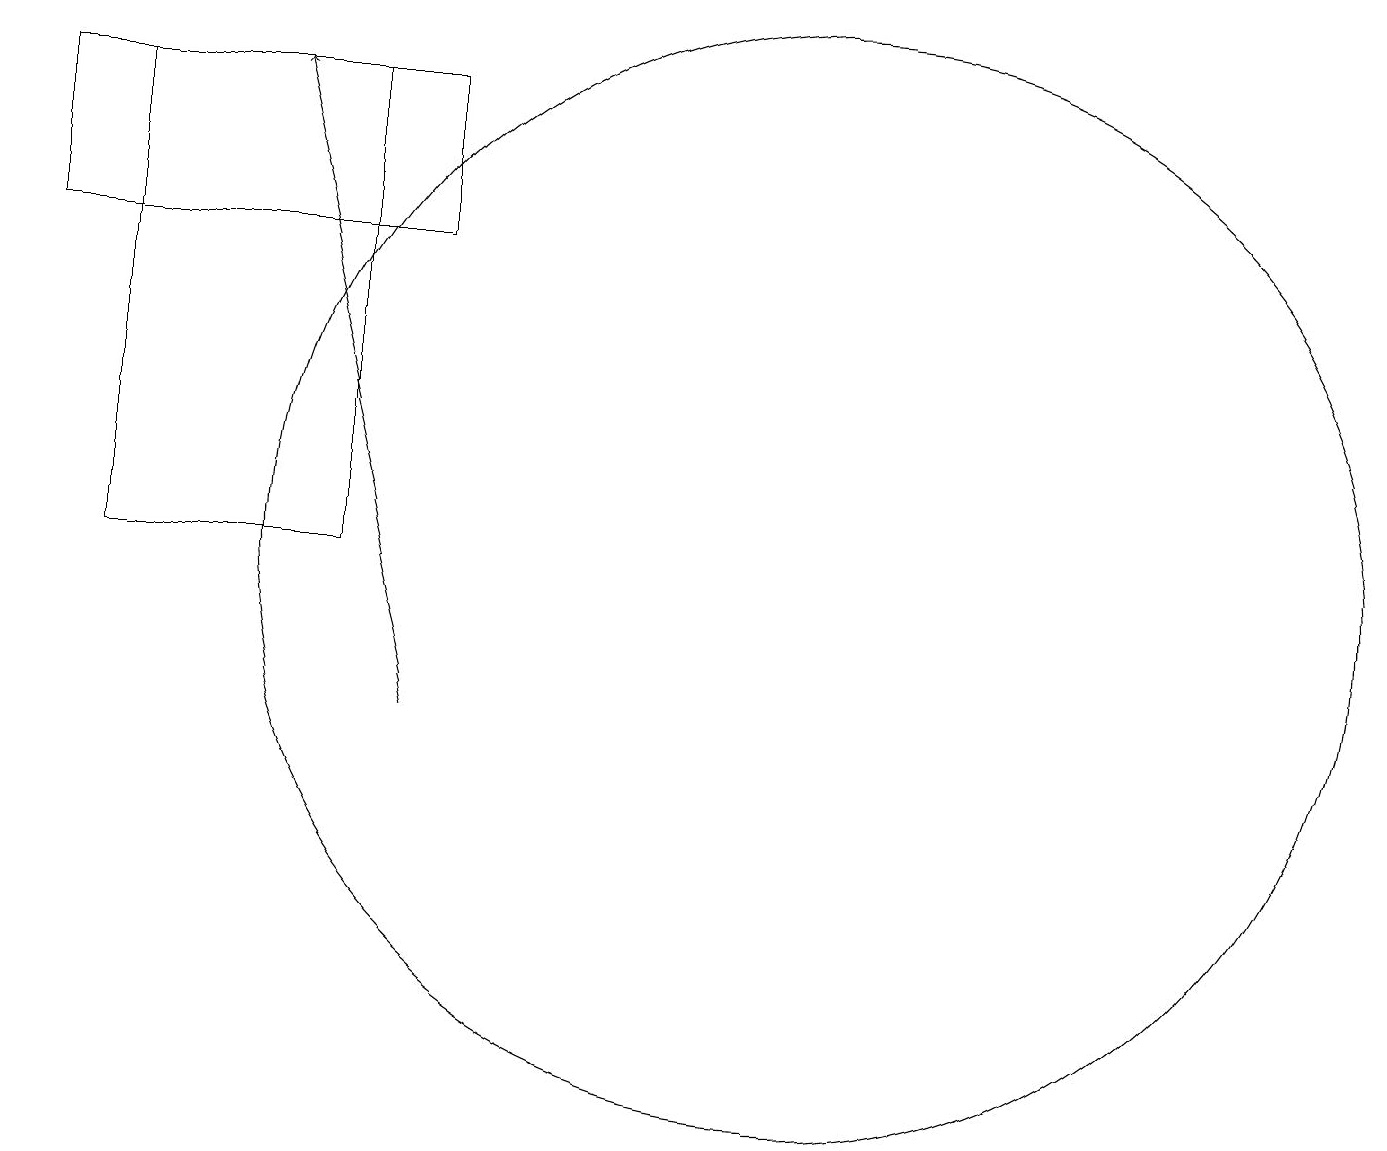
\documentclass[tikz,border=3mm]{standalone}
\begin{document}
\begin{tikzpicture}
\draw (3,12) rectangle (6,18);
\draw (12,12) circle (7);
\draw (7,18) rectangle (2,16);
\draw[->] (7,10) -- (5,18);
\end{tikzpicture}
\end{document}